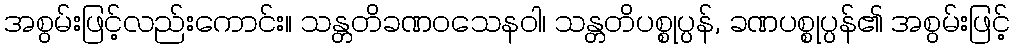
အစွမ်းဖြင့်လည်းကောင်း။ သန္တတိခဏဝသေနဝါ၊ သန္တတိပစ္စုပ္ပန်, ခဏပစ္စုပ္ပန်၏ အစွမ်းဖြင့်